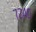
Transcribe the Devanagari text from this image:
७२४०